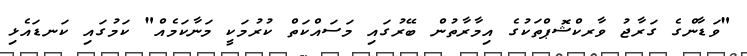
"ވަޑާންގެ ގަރާޖު ވާރކްޝޮޕްތަކުގެ އިމާރާތުން ބޭރުގައި މަސައްކަތް ކުރުމަކީ މަނާކަމެއް" ކަމުގައި ކަނޑައެޅި